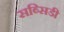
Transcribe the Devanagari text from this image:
सब्‍सिडी